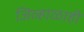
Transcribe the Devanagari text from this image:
जिव्हाळाही